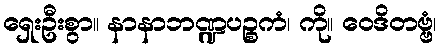
ရှေးဦးစွာ။ နာနာဘဏ္ဍပဉ္စကံ၊ ကို။ ဝေဒိတဗ္ဗံ၊